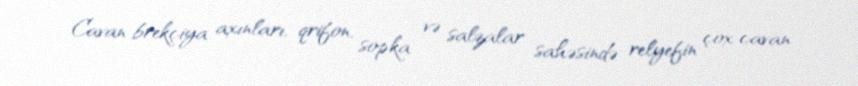
Cavan brekçiya axınları, qrifon, sopka və salzalar sahəsində relyefin çox cavan